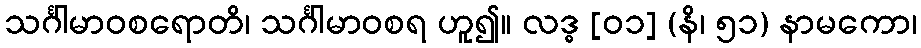
သင်္ဂါမာဝစရောတိ၊ သင်္ဂါမာဝစရ ဟူ၍။ လဒ္ဓ [၀၁] (နိ၊ ၅၁) နာမကော၊